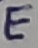
Text: E